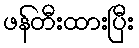
ဖန်တီးထားပြီး